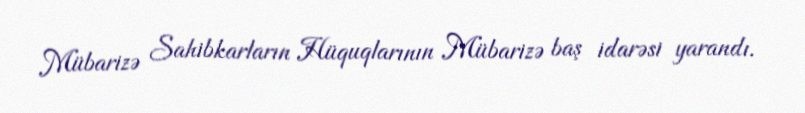
Mübarizə Sahibkarların Hüquqlarının Mübarizə baş idarəsi yarandı.